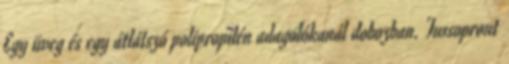
Egy üveg és egy átlátszó polipropilén adagolókanál dobozban. Tussopront